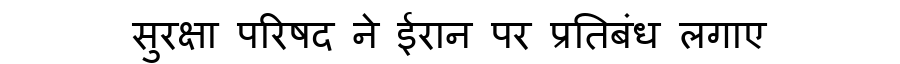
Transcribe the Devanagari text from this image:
सुरक्षा परिषद ने ईरान पर प्रतिबंध लगाए